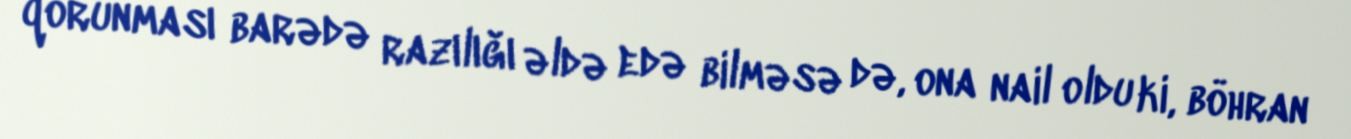
qorunması barədə razılığı əldə edə bilməsə də, ona nail oldu ki, böhran